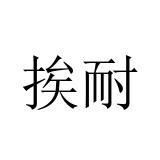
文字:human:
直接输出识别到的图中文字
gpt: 挨耐